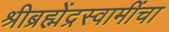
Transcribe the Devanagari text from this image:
श्रीब्रह्मेंद्रस्वामींचा